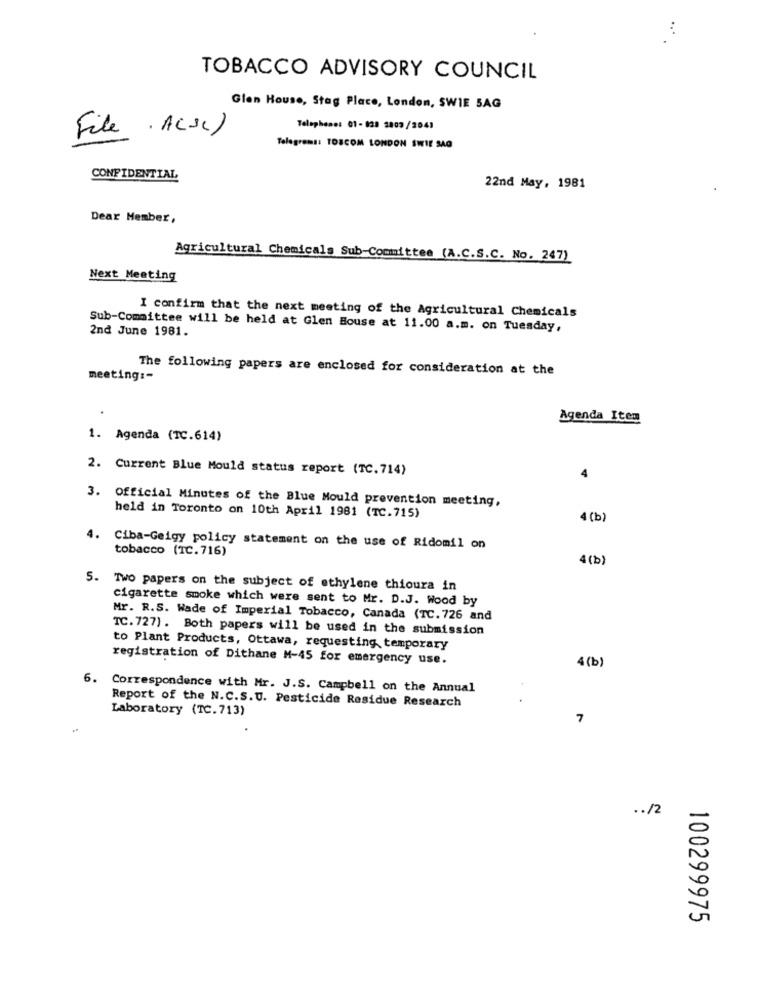
:
TOBACCO ADVISORY COUNCIL
Glen House, Stag Place, London, SWIE 5AG
Telephone: 01- 828 2009/2041
File . ACSI)
Telegramt: TOSCOM LONDON SWIE SAG
CONFIDENTIAL
22nd May, 1981
Dear Member,
Agricultural Chemicals Sub-Committee (A.C.S.C. No. 247)
Next Meeting
I confirm that the next meeting of the Agricultural Chemicals
Sub-Committee will be held at Glen Bouse at 11.00 a.m. on Tuesday,
2nd June 1981.
The following papers are enclosed for consideration at the
meeting :-
Agenda Item
1. Agenda (TC.614)
2. Current Blue Mould status report (TC. 714)
4
3. Official Minutes of the Blue Mould prevention meeting,
held in Toronto on 10th April 1981 (TC.715)
4 (b)
4.
Ciba-Geigy policy statement on the use of Ridomil on
tobacco (TC. 716)
4(b)
5. Two papers on the subject of ethylene thioura in
cigarette smoke which were sent to Mr. D.J. Wood by
Mr. R.S. Wade of Imperial Tobacco, Canada (TC. 726 and
TC. 727) . Both papers will be used in the submission
to Plant Products, Ottawa, requesting temporary
registration of Dithane M-45 for emergency use.
4 (b)
6. Correspondence with Mr. J.S. Campbell on the Annual
Report of the N.C.S.U. Pesticide Residue Research
Laboratory (TC.713)
7
.. /2
100299975